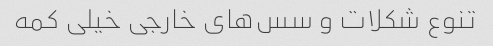
تنوع شکلات و سس‌های خارجی خیلی کمه